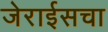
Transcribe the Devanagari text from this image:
जेराईसचा